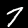
Digit: 7